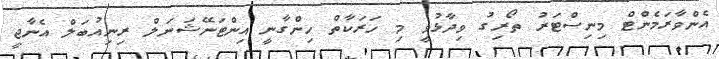
އެންވާރަމެންޓް މިނިސްޓަރު ތޯރިގު ވިދާޅުވީ މި ހަރަކާތް ހިންގާނީ އިންޓަނޭޝަނަލް ރިނިއުބަލް އެނާޖީ